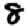
Digit: 8